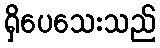
ရှိပေသေးသည်